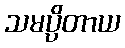
သမပ္ပိတာယ